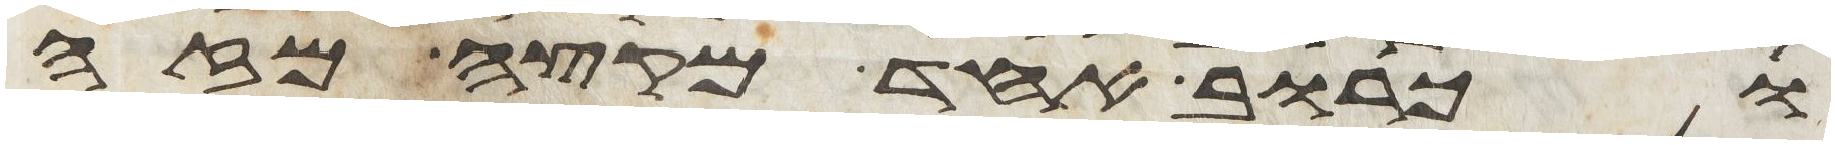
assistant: וכרוב אחד מקצה מזה